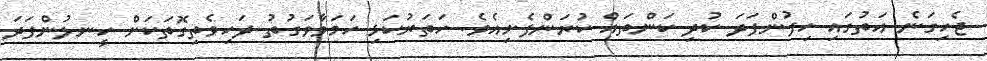
ޖެހިގަނެ އަތުގައި ހިފުންފަދަ ކުދި ކަންތައް ކުރަންފެށިއެވެ. ހަތަރުކަޅި ހަމަވާވަގުތު ދަހިވެތިގޮތަކަށް ހީނލުންފަދަ